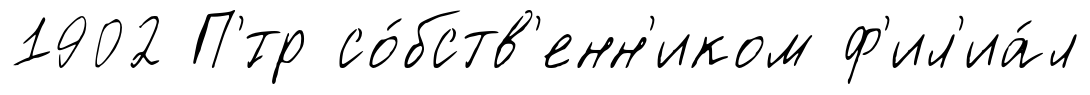
1902 П'́тр со́бств'енн'иком ф'ил'иа́л